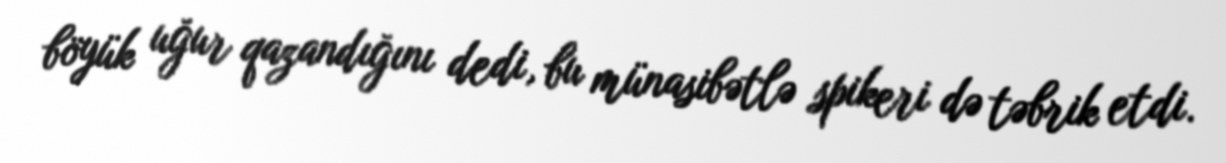
böyük uğur qazandığını dedi, bu münasibətlə spikeri də təbrik etdi.